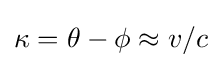
\kappa =\theta -\phi \approx v/c